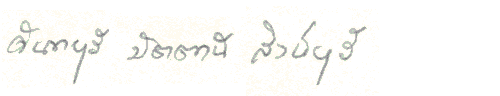
จันทบุรีปัตตานีสิงห์บุรี